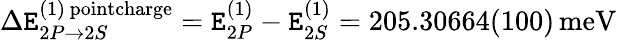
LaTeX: \Delta\mathtt{E}_{2P\rightarrow2S}^{(1)\, \textrm{{pointcharge}}}=\mathtt{E}_{2P}^{(1)}-\mathtt{E}_{2S}^{(1)}=205.30664(100)\, \textrm{{meV}}